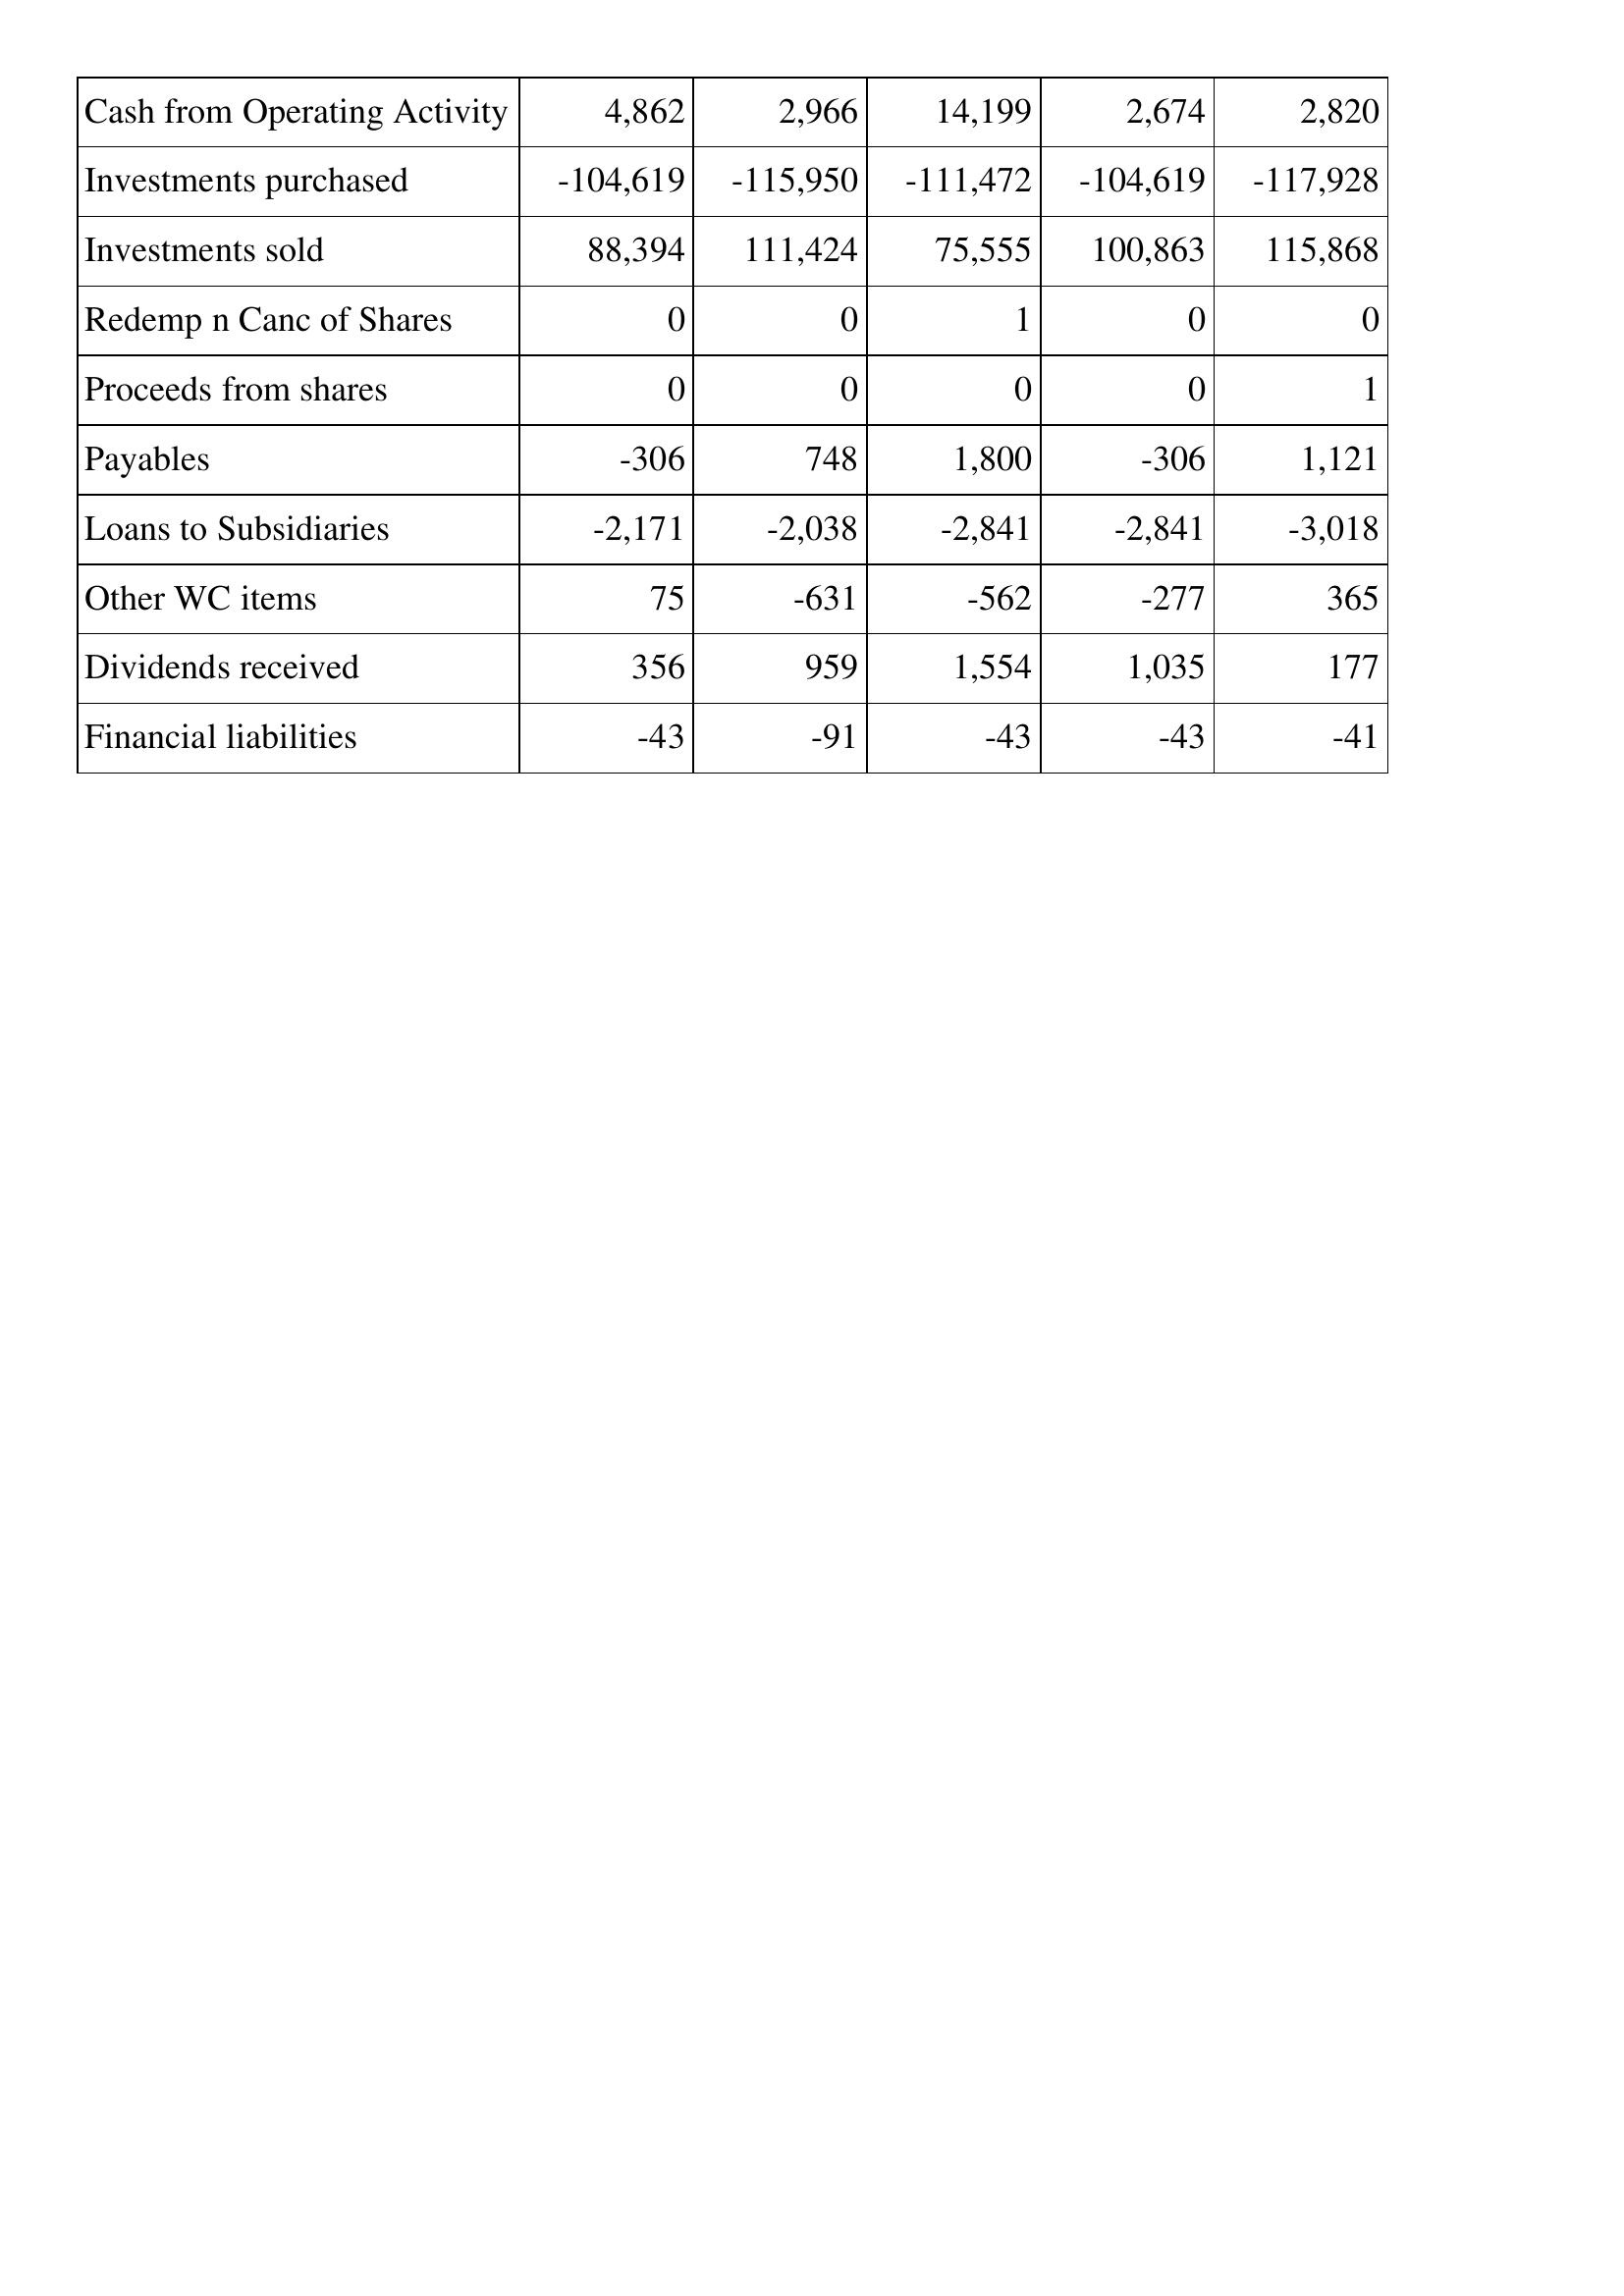
Apr-12: Cash Flows: Cash from Operating Activity: 4,862
Investments purchased: -104,619
Investments sold: 88,394
Redemp n Canc of Shares: 0
Proceeds from shares: 0
Payables: -306
Loans to Subsidiaries: -2,171
Other WC items: 75
Dividends received: 356
Financial liabilities: -43
Apr-11: Cash Flows: Cash from Operating Activity: 2,966
Investments purchased: -115,950
Investments sold: 111,424
Redemp n Canc of Shares: 0
Proceeds from shares: 0
Payables: 748
Loans to Subsidiaries: -2,038
Other WC items: -631
Dividends received: 959
Financial liabilities: -91
Apr-10: Cash Flows: Cash from Operating Activity: 14,199
Investments purchased: -111,472
Investments sold: 75,555
Redemp n Canc of Shares: 1
Proceeds from shares: 0
Payables: 1,800
Loans to Subsidiaries: -2,841
Other WC items: -562
Dividends received: 1,554
Financial liabilities: -43
Apr-09: Cash Flows: Cash from Operating Activity: 2,674
Investments purchased: -104,619
Investments sold: 100,863
Redemp n Canc of Shares: 0
Proceeds from shares: 0
Payables: -306
Loans to Subsidiaries: -2,841
Other WC items: -277
Dividends received: 1,035
Financial liabilities: -43
Apr-08: Cash Flows: Cash from Operating Activity: 2,820
Investments purchased: -117,928
Investments sold: 115,868
Redemp n Canc of Shares: 0
Proceeds from shares: 1
Payables: 1,121
Loans to Subsidiaries: -3,018
Other WC items: 365
Dividends received: 177
Financial liabilities: -41